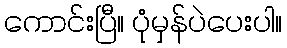
ကောင်းပြီ။ ပုံမှန်ပဲပေးပါ။